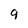
Character: 9